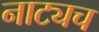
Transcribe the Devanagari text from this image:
नाट्यच